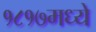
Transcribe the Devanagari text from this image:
१८१७मध्ये